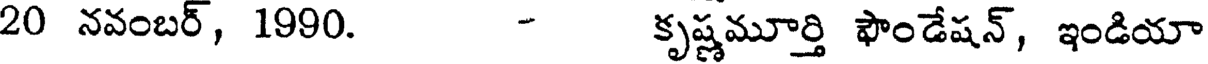
20 నవంబర్, 1990. - కృష్ణమూర్తి ఫౌండేషన్, ఇండియా